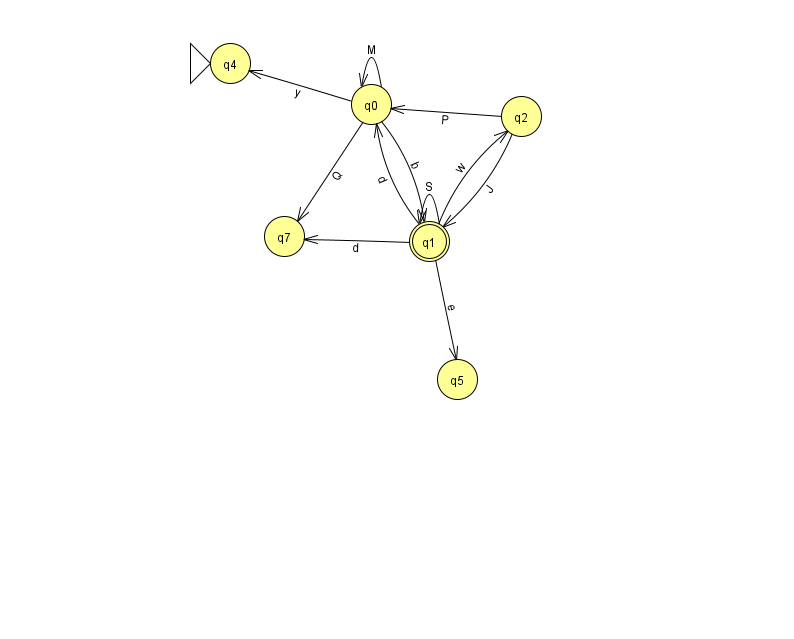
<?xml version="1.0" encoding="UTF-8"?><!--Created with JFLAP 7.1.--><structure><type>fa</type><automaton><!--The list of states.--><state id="0" name="q0"><x>371.0</x><y>91.0</y></state><state id="1" name="q1"><x>429.0</x><y>228.0</y><final/></state><state id="2" name="q2"><x>521.0</x><y>103.0</y></state><state id="4" name="q4"><x>230.0</x><y>50.0</y><initial/></state><state id="5" name="q5"><x>457.0</x><y>366.0</y></state><state id="7" name="q7"><x>284.0</x><y>223.0</y></state><!--The list of transitions.--><transition><from>0</from><to>7</to><read>Q</read></transition><transition><from>1</from><to>1</to><read>S</read></transition><transition><from>0</from><to>4</to><read>y</read></transition><transition><from>1</from><to>2</to><read>w</read></transition><transition><from>2</from><to>1</to><read>J</read></transition><transition><from>0</from><to>1</to><read>b</read></transition><transition><from>2</from><to>0</to><read>P</read></transition><transition><from>1</from><to>7</to><read>d</read></transition><transition><from>0</from><to>0</to><read>M</read></transition><transition><from>1</from><to>0</to><read>d</read></transition><transition><from>1</from><to>5</to><read>e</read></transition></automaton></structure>